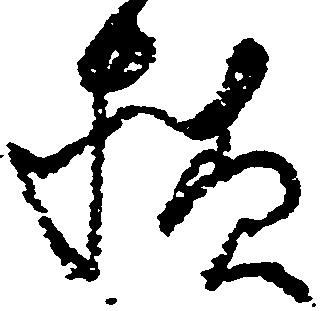
様